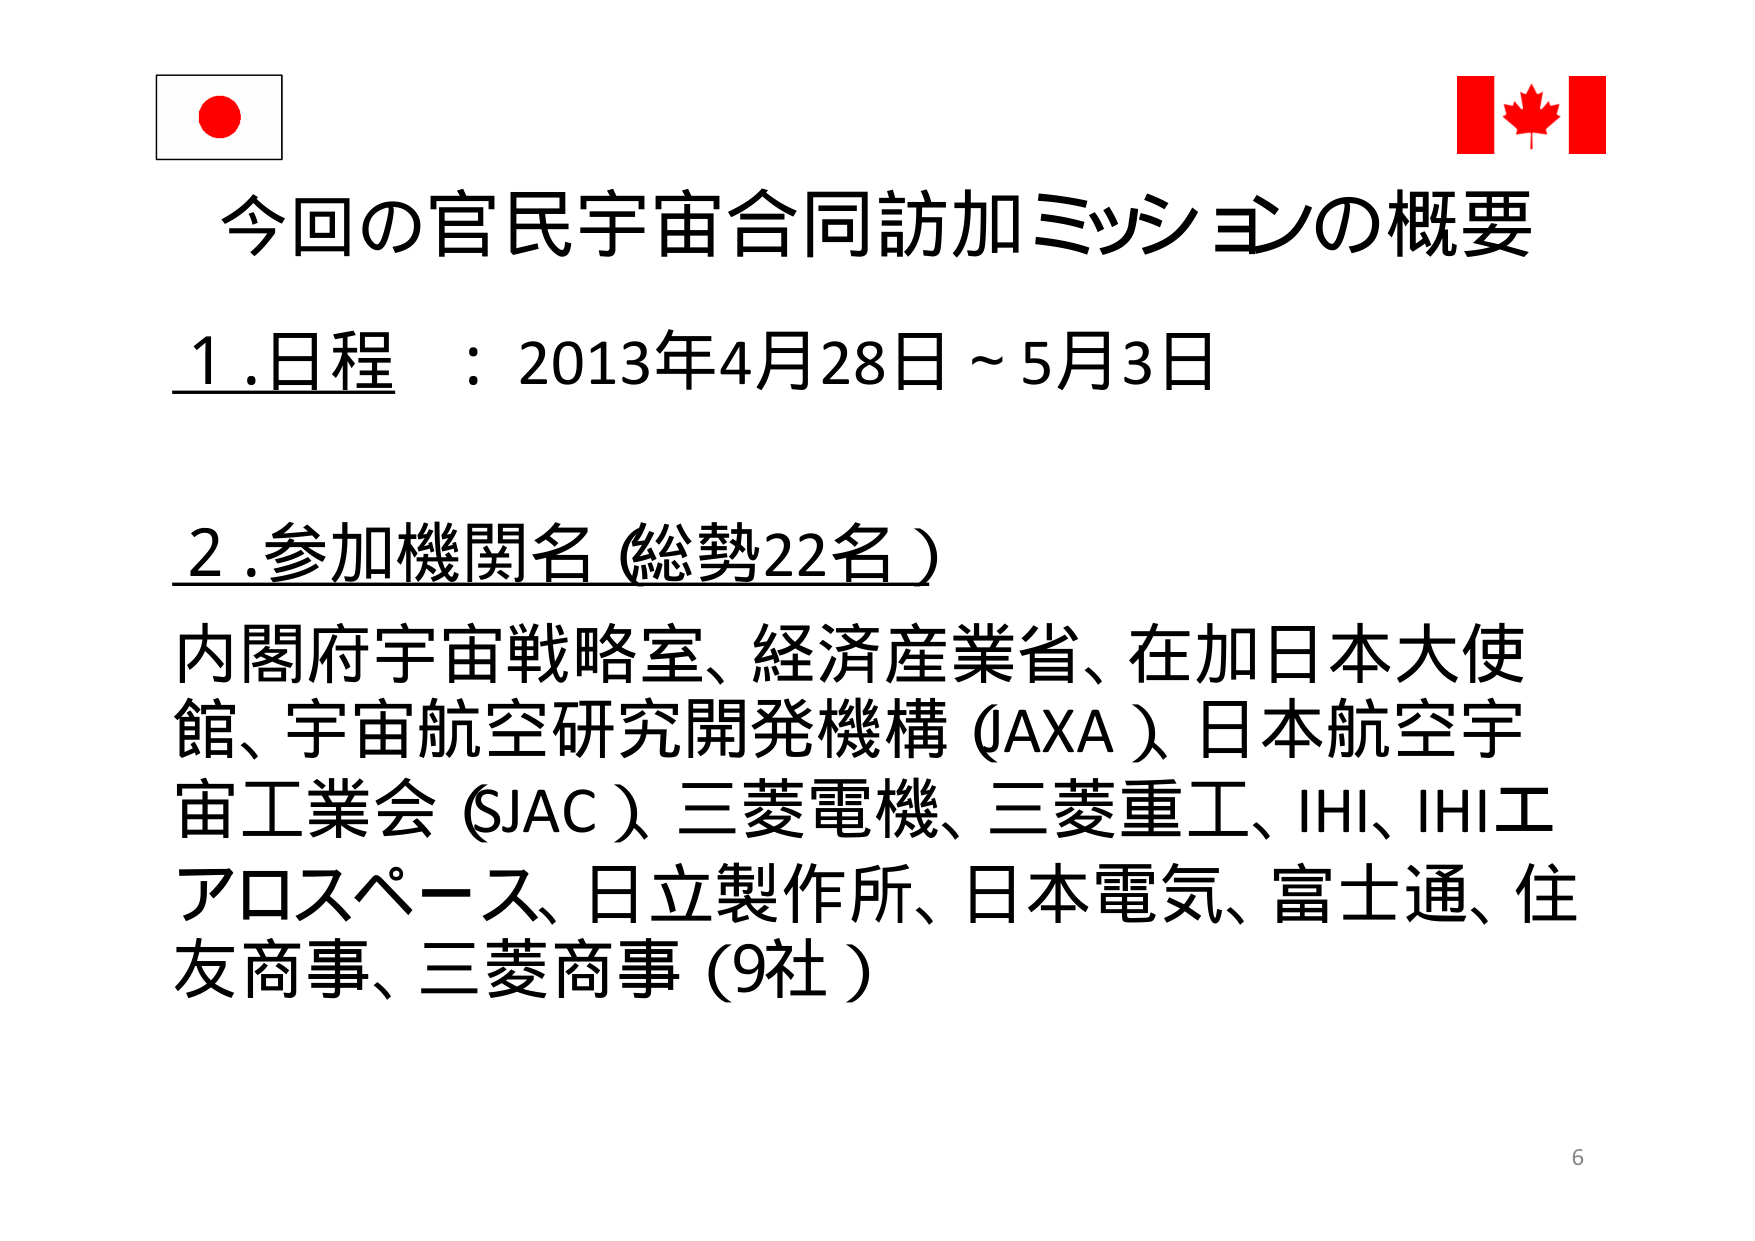
今回の官民宇宙合同訪加ミッションの概要
1.日程 ：2013年4月28日～5月3日
2.参加機関名（総勢22名）
内閣府宇宙戦略室、経済産業省、在加日本大使館、宇宙航空研究開発機構（JAXA）、日本航空宇宙工業会（SJAC）、三菱電機、三菱重工、IHI、IHIエアロスペース、日立製作所、日本電気、富士通、住友商事、三菱商事（9社）
6